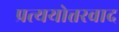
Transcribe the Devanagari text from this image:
प्रत्ययोत्तरवाद